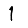
Digit: 1